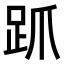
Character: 𬦦